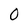
Character: 0